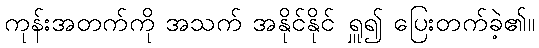
ကုန်းအတက်ကို အသက် အနိုင်နိုင် ရှူ၍ ပြေးတက်ခဲ့၏။